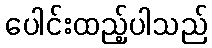
ပေါင်းထည့်ပါသည်